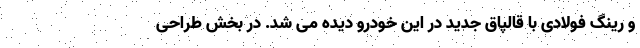
و رینگ فولادی با قالپاق جدید در این خودرو دیده می شد. در بخش طراحی